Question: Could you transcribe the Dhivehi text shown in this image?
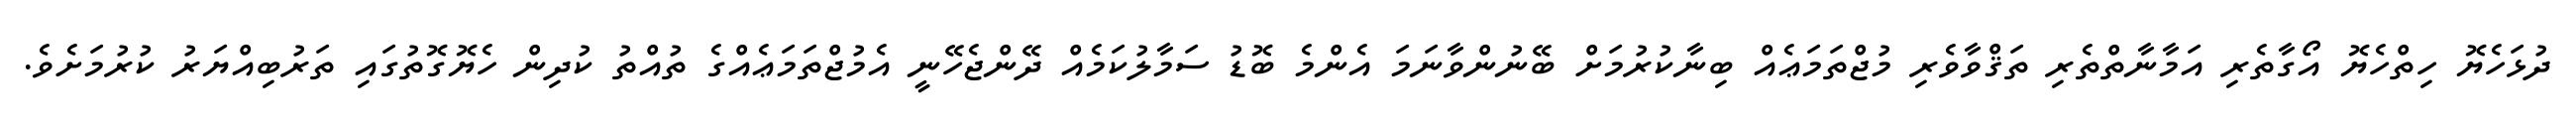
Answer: ދުޅަހެޔޮ ހިތްހެޔޮ އޯގާތެރި އަމާނާތްތެރި ތަޤްވާވެރި މުޖްތަމަޢެއް ބިނާކުރުމަށް ބޭނުންވާނަމަ އެންމެ ބޮޑު ސަމާލުކަމެއް ދޭންޖެހޭނީ އެމުޖްތަމަޢެއްގެ ތުއްތު ކުދިން ހެޔޮގޮތުގައި ތަރުބިއްޔަރު ކުރުމަށެވެ.